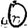
Digit: 0